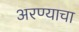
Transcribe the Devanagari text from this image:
अरण्याचा